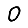
Digit: 0